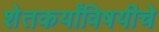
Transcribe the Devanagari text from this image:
शेतकर्यांविषयीचे